Indian journal of veterinary science and animal husbandry - Volume 14,
Year: 1944
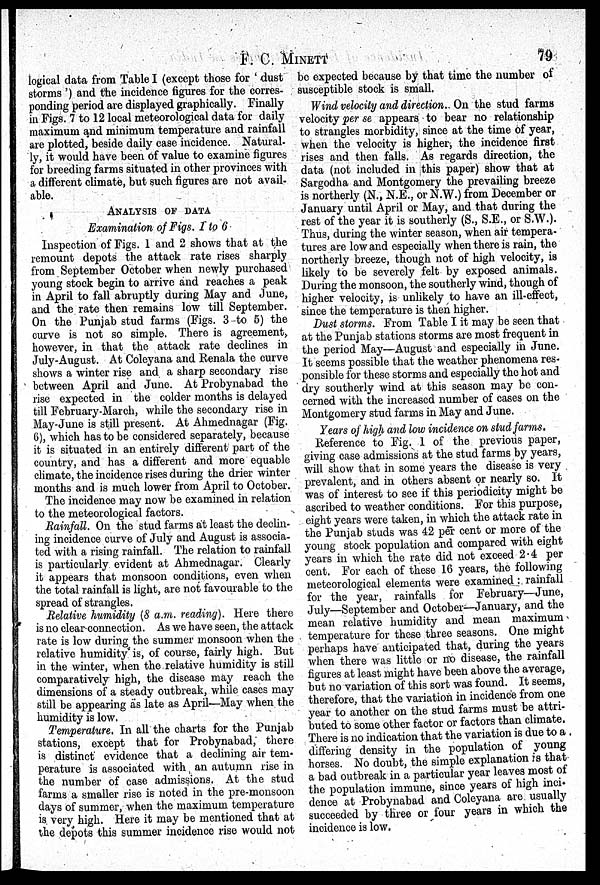
F. C. MINETT
79
logical data from Table I (except those for ' dust
storms ') and the incidence figures for the corres-
ponding period are displayed graphically. Finally
in Figs. 7 to 12 local meteorological data for daily
maximum and minimum temperature and rainfall
are plotted, beside daily case incidence. Natural-
ly, it would have been of value to examine figures
for breeding farms situated in other provinces with
a different climate, but such figures are not avail-
able.
ANALYSIS OF DATA
Examination of Figs. 1 to 6
Inspection of Figs. 1 and 2 shows that at the
remount depots the attack rate rises sharply
from September October when newly purchased
young stock begin to arrive and reaches a peak
in April to fall abruptly during May and June,
and the rate then remains low till September.
On the Punjab stud farms (Figs. 3 to 5) the
curve is not so simple. There is agreement,
however, in that the attack rate declines in
July-August. At Coleyana and Renala the curve
shows a winter rise and a sharp secondary rise
between April and June. At Probynabad the
rise expected in the colder months is delayed
till February-March, while the secondary rise in
May-June is still present. At Ahmednagar (Fig.
6), which has to be considered separately, because
it is situated in an entirely different part of the
country, and has a different and more equable
climate, the incidence rises during the drier winter
months and is much lower from April to October.
The incidence may now be examined in relation
to the meteorological factors.
Rainfall. On the stud farms at least the declin-
ing incidence curve of July and August is associa-
ted with a rising rainfall. The relation to rainfall
is particularly evident at Ahmednagar. Clearly
it appears that monsoon conditions, even when
the total rainfall is light, are not favourable to the
spread of strangles.
Relative humidity (8 a.m. reading). Here there
is no clear connection. As we have seen, the attack
rate is low during the summer monsoon when the
relative humidity is, of course, fairly high. But
in the winter, when the relative humidity is still
comparatively high, the disease may reach the
dimensions of a steady outbreak, while cases may
still be appearing as late as April—May when the
humidity is low.
Temperature. In all the charts for the Punjab
stations, except that for Probynabad, there
is distinct evidence that a declining air tem-
perature is associated with an autumn rise in
the number of case admissions. At the stud
farms a smaller rise is noted in the pre-monsoon
days of summer, when the maximum temperature
is very high. Here it may be mentioned that at
the depots this summer incidence rise would not
be expected because by that time the number of
susceptible stock is small.
Wind velocity and direction. On the stud farms
velocity per se appears to bear no relationship
to strangles morbidity, since at the time of year,
when the velocity is higher, the incidence first
rises and then falls. As regards direction, the
data (not included in this paper) show that at
Sargodha and Montgomery the prevailing breeze
is northerly (N., N.E., or N.W.) from December or
January until April or May, and that during the
rest of the year it is southerly (S., S.E., or S.W.).
Thus, during the winter season, when air tempera-
tures are low and especially when there is rain, the
northerly breeze, though not of high velocity, is
likely to be severely felt by exposed animals.
During the monsoon, the southerly wind, though of
higher velocity, is unlikely to have an ill-effect,
since the temperature is then higher.
Dust storms. From Table I it may be seen that
at the Punjab stations storms are most frequent in
the period May—August and especially in June.
It seems possible that the weather phenomena res-
ponsible for these storms and especially the hot and
dry southerly wind at this season may be con-
cerned with the increased number of cases on the
Montgomery stud farms in May and June.
Years of high and low incidence on stud farms.
Reference to Fig. 1 of the previous paper,
giving case admissions at the stud farms by years,
will show that in some years the disease is very
prevalent, and in others absent or nearly so. It
was of interest to see if this periodicity might be
ascribed to weather conditions. For this purpose,
eight years were taken, in which the attack rate in
the Punjab studs was 42 per cent or more of the
young stock population and compared with eight
years in which the rate did not exceed 2.4 per
cent. For each of these 16 years, the following
meteorological elements were examined: rainfall
for the year, rainfalls for February—June,
July—September and October—January, and the
mean relative humidity and mean maximum
temperature for these three seasons. One might
perhaps have anticipated that, during the years
when there was little or no disease, the rainfall
figures at least might have been above the average,
but no variation of this sort was found. It seems,
therefore, that the variation in incidence from one
year to another on the stud farms must be attri-
buted to some other factor or factors than climate.
There is no indication that the variation is due to a
differing density in the population of young
horses. No doubt, the simple explanation is that
a bad outbreak in a particular year leaves most of
the population immune, since years of high inci-
dence at Probynabad and Coleyana are usually
succeeded by three or four years in which the
incidence is low.